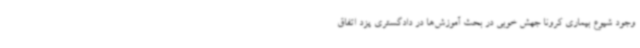
وجود شیوع بیماری کرونا جهش خوبی در بحث آموزش‌ها در دادگستری یزد اتفاق